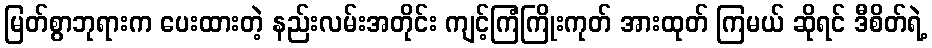
မြတ်စွာဘုရားက ပေးထားတဲ့ နည်းလမ်းအတိုင်း ကျင့်ကြံကြိုးကုတ် အားထုတ် ကြမယ် ဆိုရင် ဒီစိတ်ရဲ့